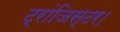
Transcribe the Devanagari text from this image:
ट्रांजिस्टर।